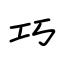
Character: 巧